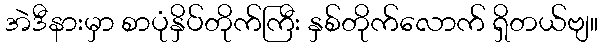
အဲဒီနားမှာ စာပုံနှိပ်တိုက်ကြီး နှစ်တိုက်လောက် ရှိတယ်ဗျ။